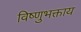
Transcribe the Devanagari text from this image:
विष्णुभक्ताय